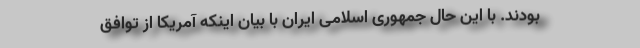
بودند. با این حال جمهوری اسلامی ایران با بیان اینکه آمریکا از توافق